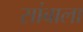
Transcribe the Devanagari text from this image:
सांबाला